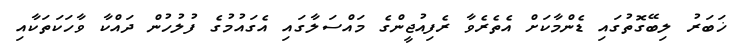
ޚަބަރު ލިބޭގޮތުގައި ޑެންމާކަށް އެތެރެވާ ރެފިއުޖީންގެ މައްސަލާގައި އެގައުމުގެ ފުލުހުން ދައްކާ ވާހަކަތަކާއި